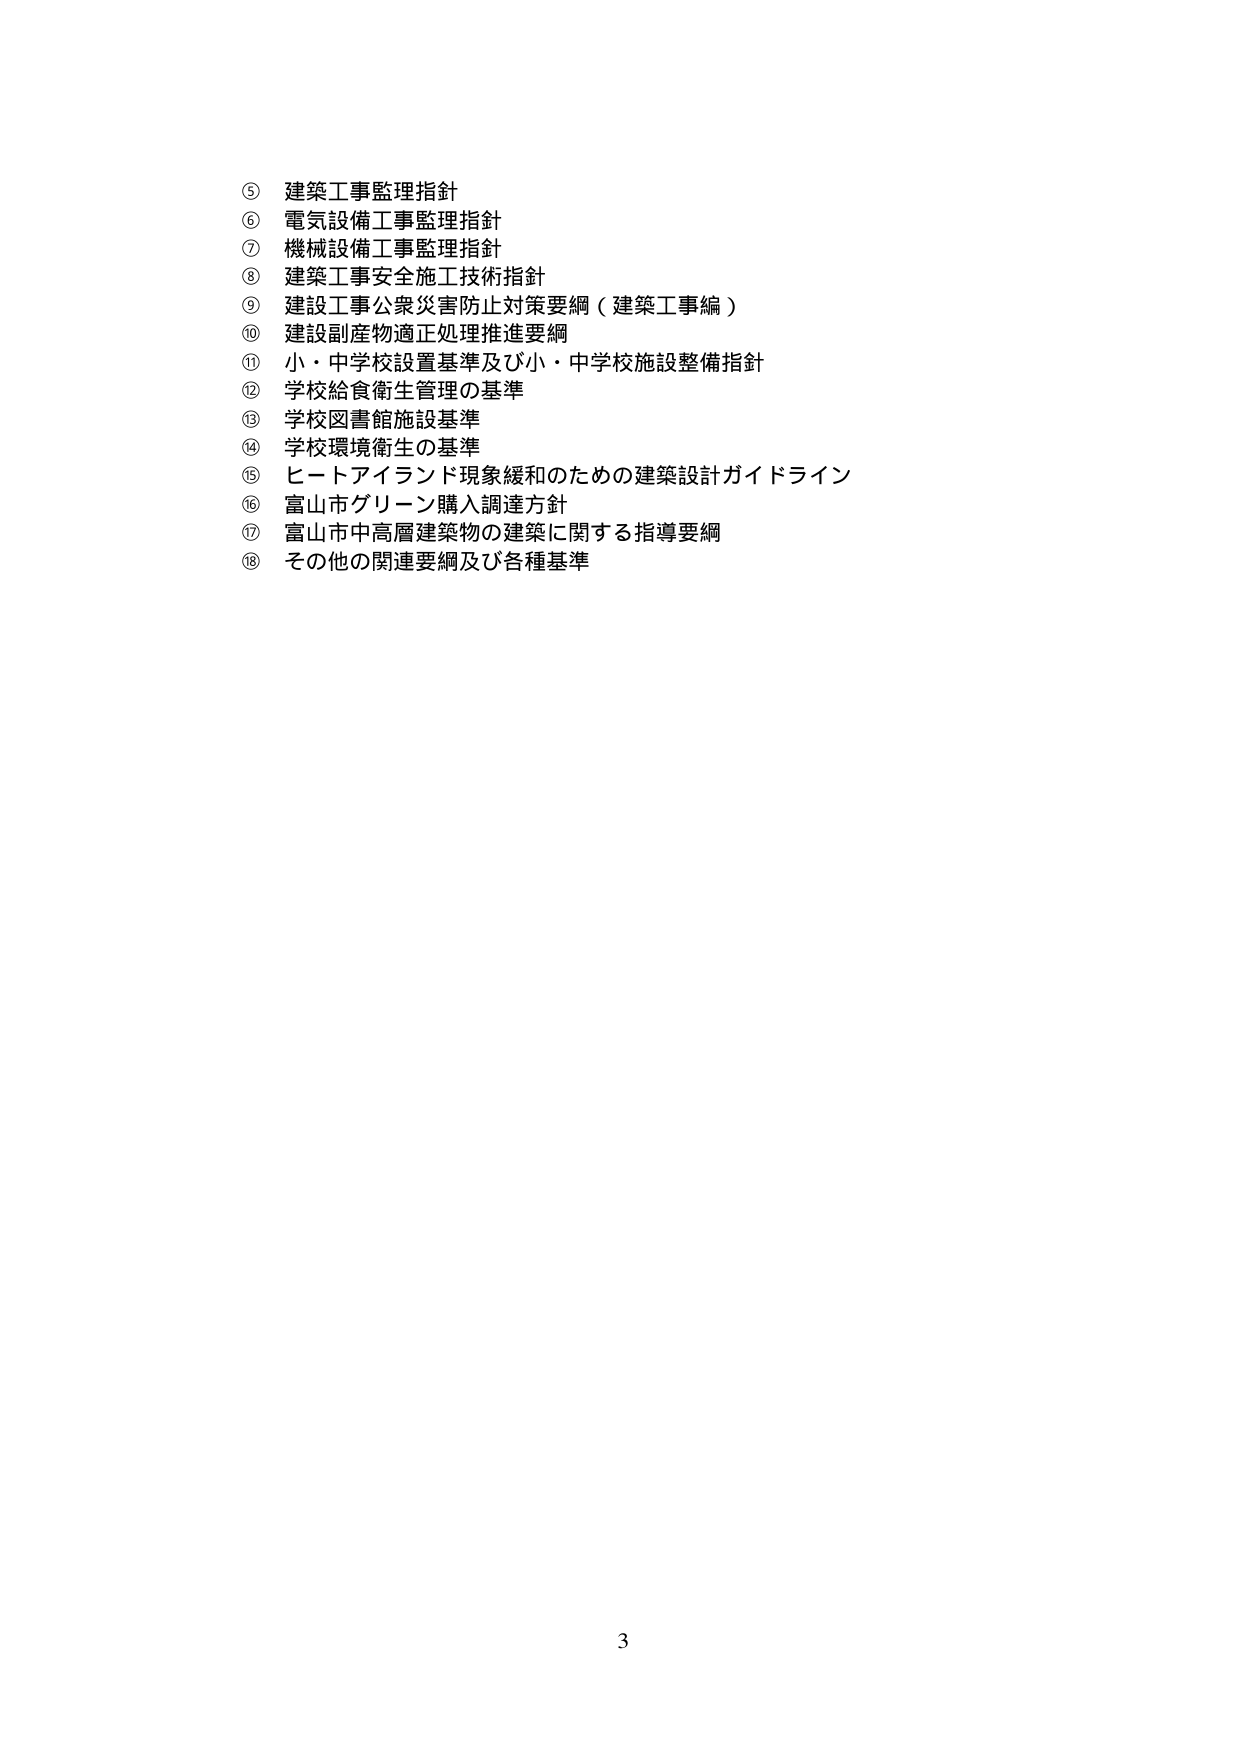
⑤ 建築工事監理指針
⑥ 電気設備工事監理指針
⑦ 機械設備工事監理指針
⑧ 建築工事安全施工技術指針
⑨ 建設工事公衆災害防止対策要綱（建築工事編）
⑩ 建設副産物適正処理推進要綱
⑪ 小・中学校設置基準及び小・中学校施設整備指針
⑫ 学校給食衛生管理の基準
⑬ 学校図書館施設基準
⑭ 学校環境衛生の基準
⑮ ヒートアイランド現象緩和のための建築設計ガイドライン
⑯ 富山市グリーン購入調達方針
⑰ 富山市中高層建築物の建築に関する指導要綱
⑱ その他の関連要綱及び各種基準

3